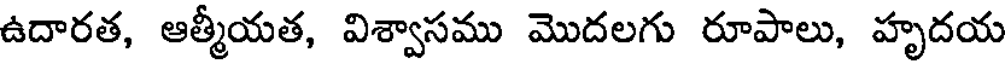
ఉదారత, ఆత్మీయత, విశ్వాసము మొదలగు రూపాలు, హృదయ